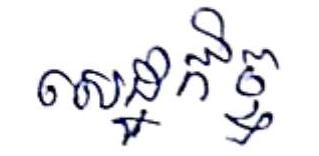
សេដ្ឋកិច្ច